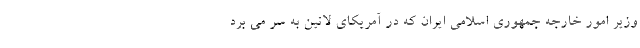
وزیر امور خارجه جمهوری اسلامی ایران که در آمریکای لاتین به سر می برد